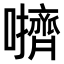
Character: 𫬬